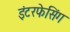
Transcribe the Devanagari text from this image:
इंटरफेसिंग